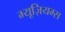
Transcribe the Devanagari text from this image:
म्यूज़ियम्स